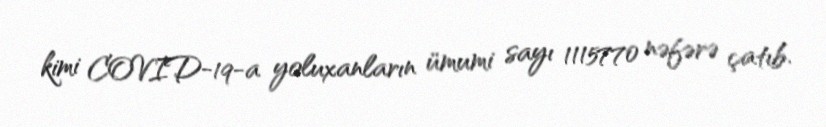
kimi COVID-19-a yoluxanların ümumi sayı 1115770 nəfərə çatıb.